Leningradi_Edasi_toimetus, lk 170
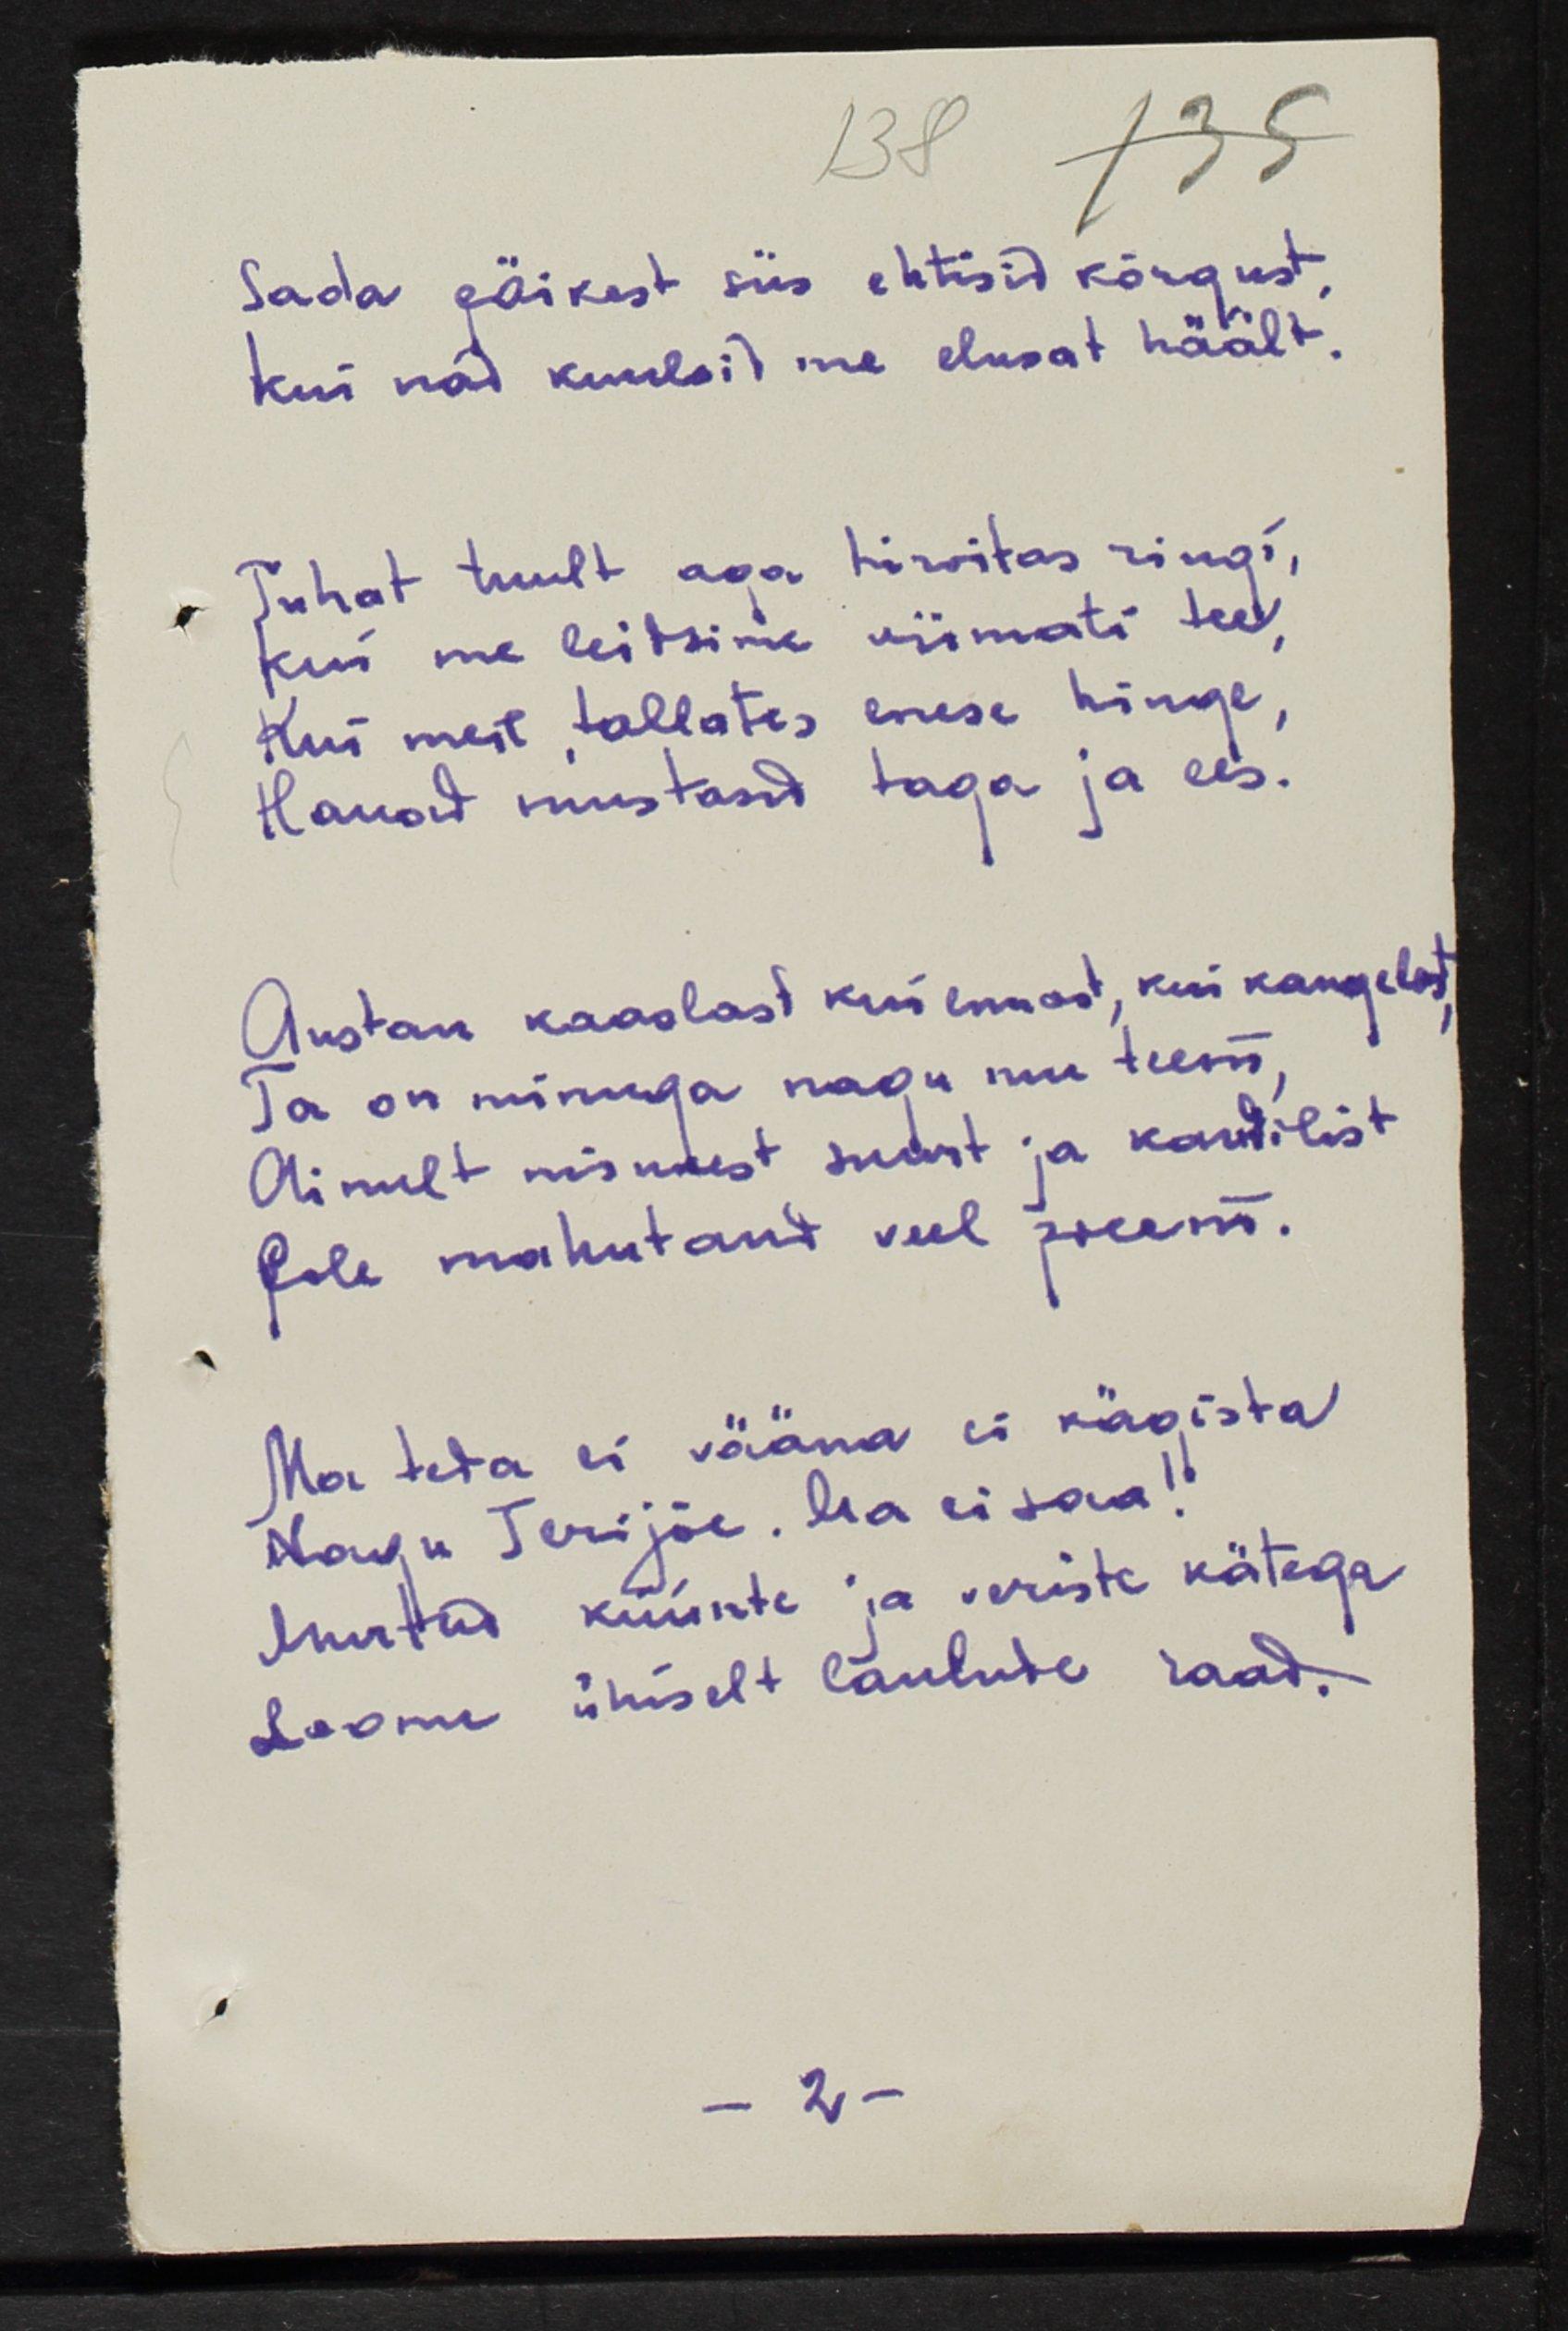
Sada päikest siis ehtisid kõrgust,
kui nad kuulsid me elusat häält.
Tuhat tuult aga hirvitas ringi,
kui me leidsime viimati teed,
kui meil tallates enese hinge, 
Hauad mustad taga ja ees.
Austan kaaslast kui ennast, kui kangelast, 
Ta on minuga nagu mu teeni, 
Ainult minust suurt ja kandilist
Pole mahutand veel poeemi.
Ma teda ei vääna ei kägista
Nagu Terijõe. Ma ei saa!
Murtud küünte ja veriste kätega
Loome ühiselt laulude raad.